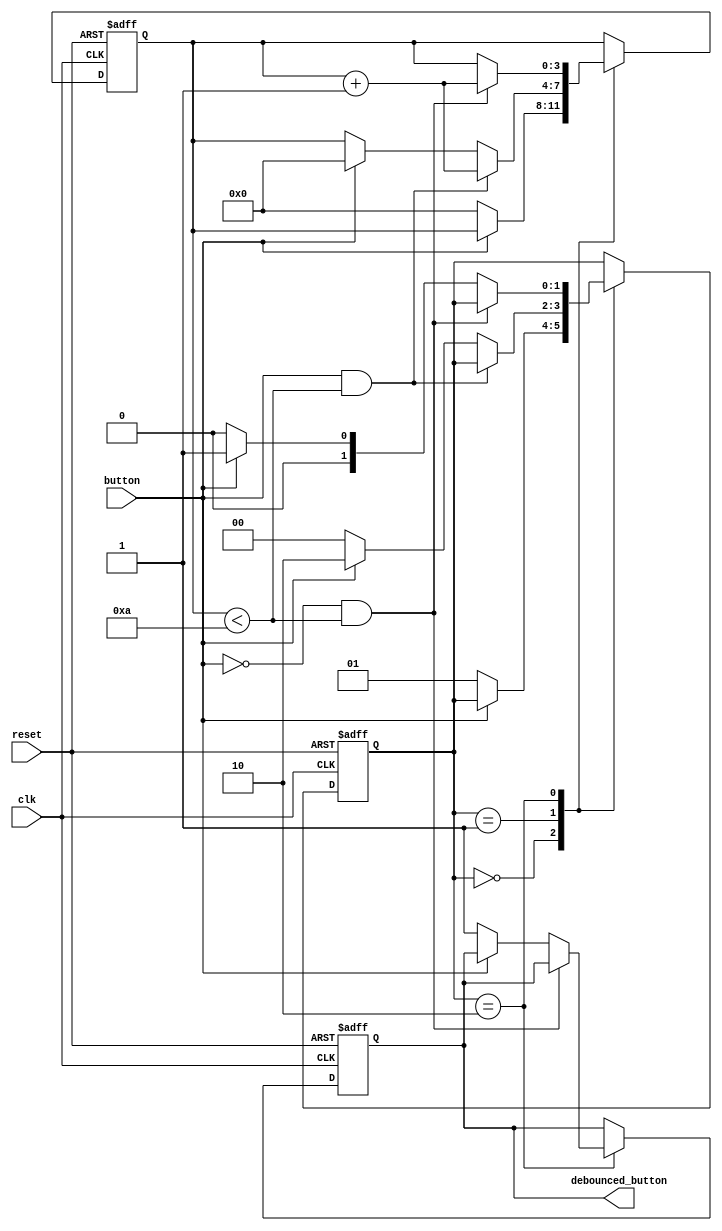
module debounce_circuit (
    input wire clk,
    input wire reset,
    input wire button,
    output reg debounced_button
);

// Define states for debounce state machine
parameter IDLE = 2'b00;
parameter PRESS_DETECT = 2'b01;
parameter RELEASE_DETECT = 2'b10;

// Define debouncing parameters
parameter DEBOUNCE_COUNT = 10; // Debounce count for stable signal

// State and count registers
reg [1:0] state;
reg [3:0] debounce_counter;

// Debounce state machine
always @(posedge clk or posedge reset) begin
    if (reset) begin
        state <= IDLE;
        debounce_counter <= 0;
        debounced_button <= 0;
    end else begin
        case (state)
            IDLE: begin
                if (!button) begin
                    state <= PRESS_DETECT;
                    debounce_counter <= 0;
                end
            end
            PRESS_DETECT: begin
                if (button && (debounce_counter < DEBOUNCE_COUNT)) begin
                    debounce_counter <= debounce_counter + 1;
                end else if (!button) begin
                    state <= IDLE;
                end else begin
                    state <= RELEASE_DETECT;
                    debounce_counter <= 0;
                end
            end
            RELEASE_DETECT: begin
                if (!button && (debounce_counter < DEBOUNCE_COUNT)) begin
                    debounce_counter <= debounce_counter + 1;
                end else if (button) begin
                    state <= PRESS_DETECT;
                end else begin
                    state <= IDLE;
                    debounced_button <= 1;
                end
            end
        endcase
    end
end

endmodule